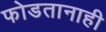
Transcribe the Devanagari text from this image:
फोडतानाही